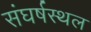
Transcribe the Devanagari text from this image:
संघर्षस्थल